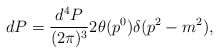
\begin{align*}dP={d^4P\over (2\pi)^3}2\theta(p^0)\delta (p^2-m^2),\end{align*}